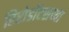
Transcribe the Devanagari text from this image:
हिरोडॉटसच्या